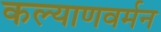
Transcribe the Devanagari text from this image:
कल्याणवर्मन